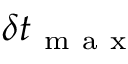
\delta t _ { \mathrm { ~ m ~ a ~ x ~ } }